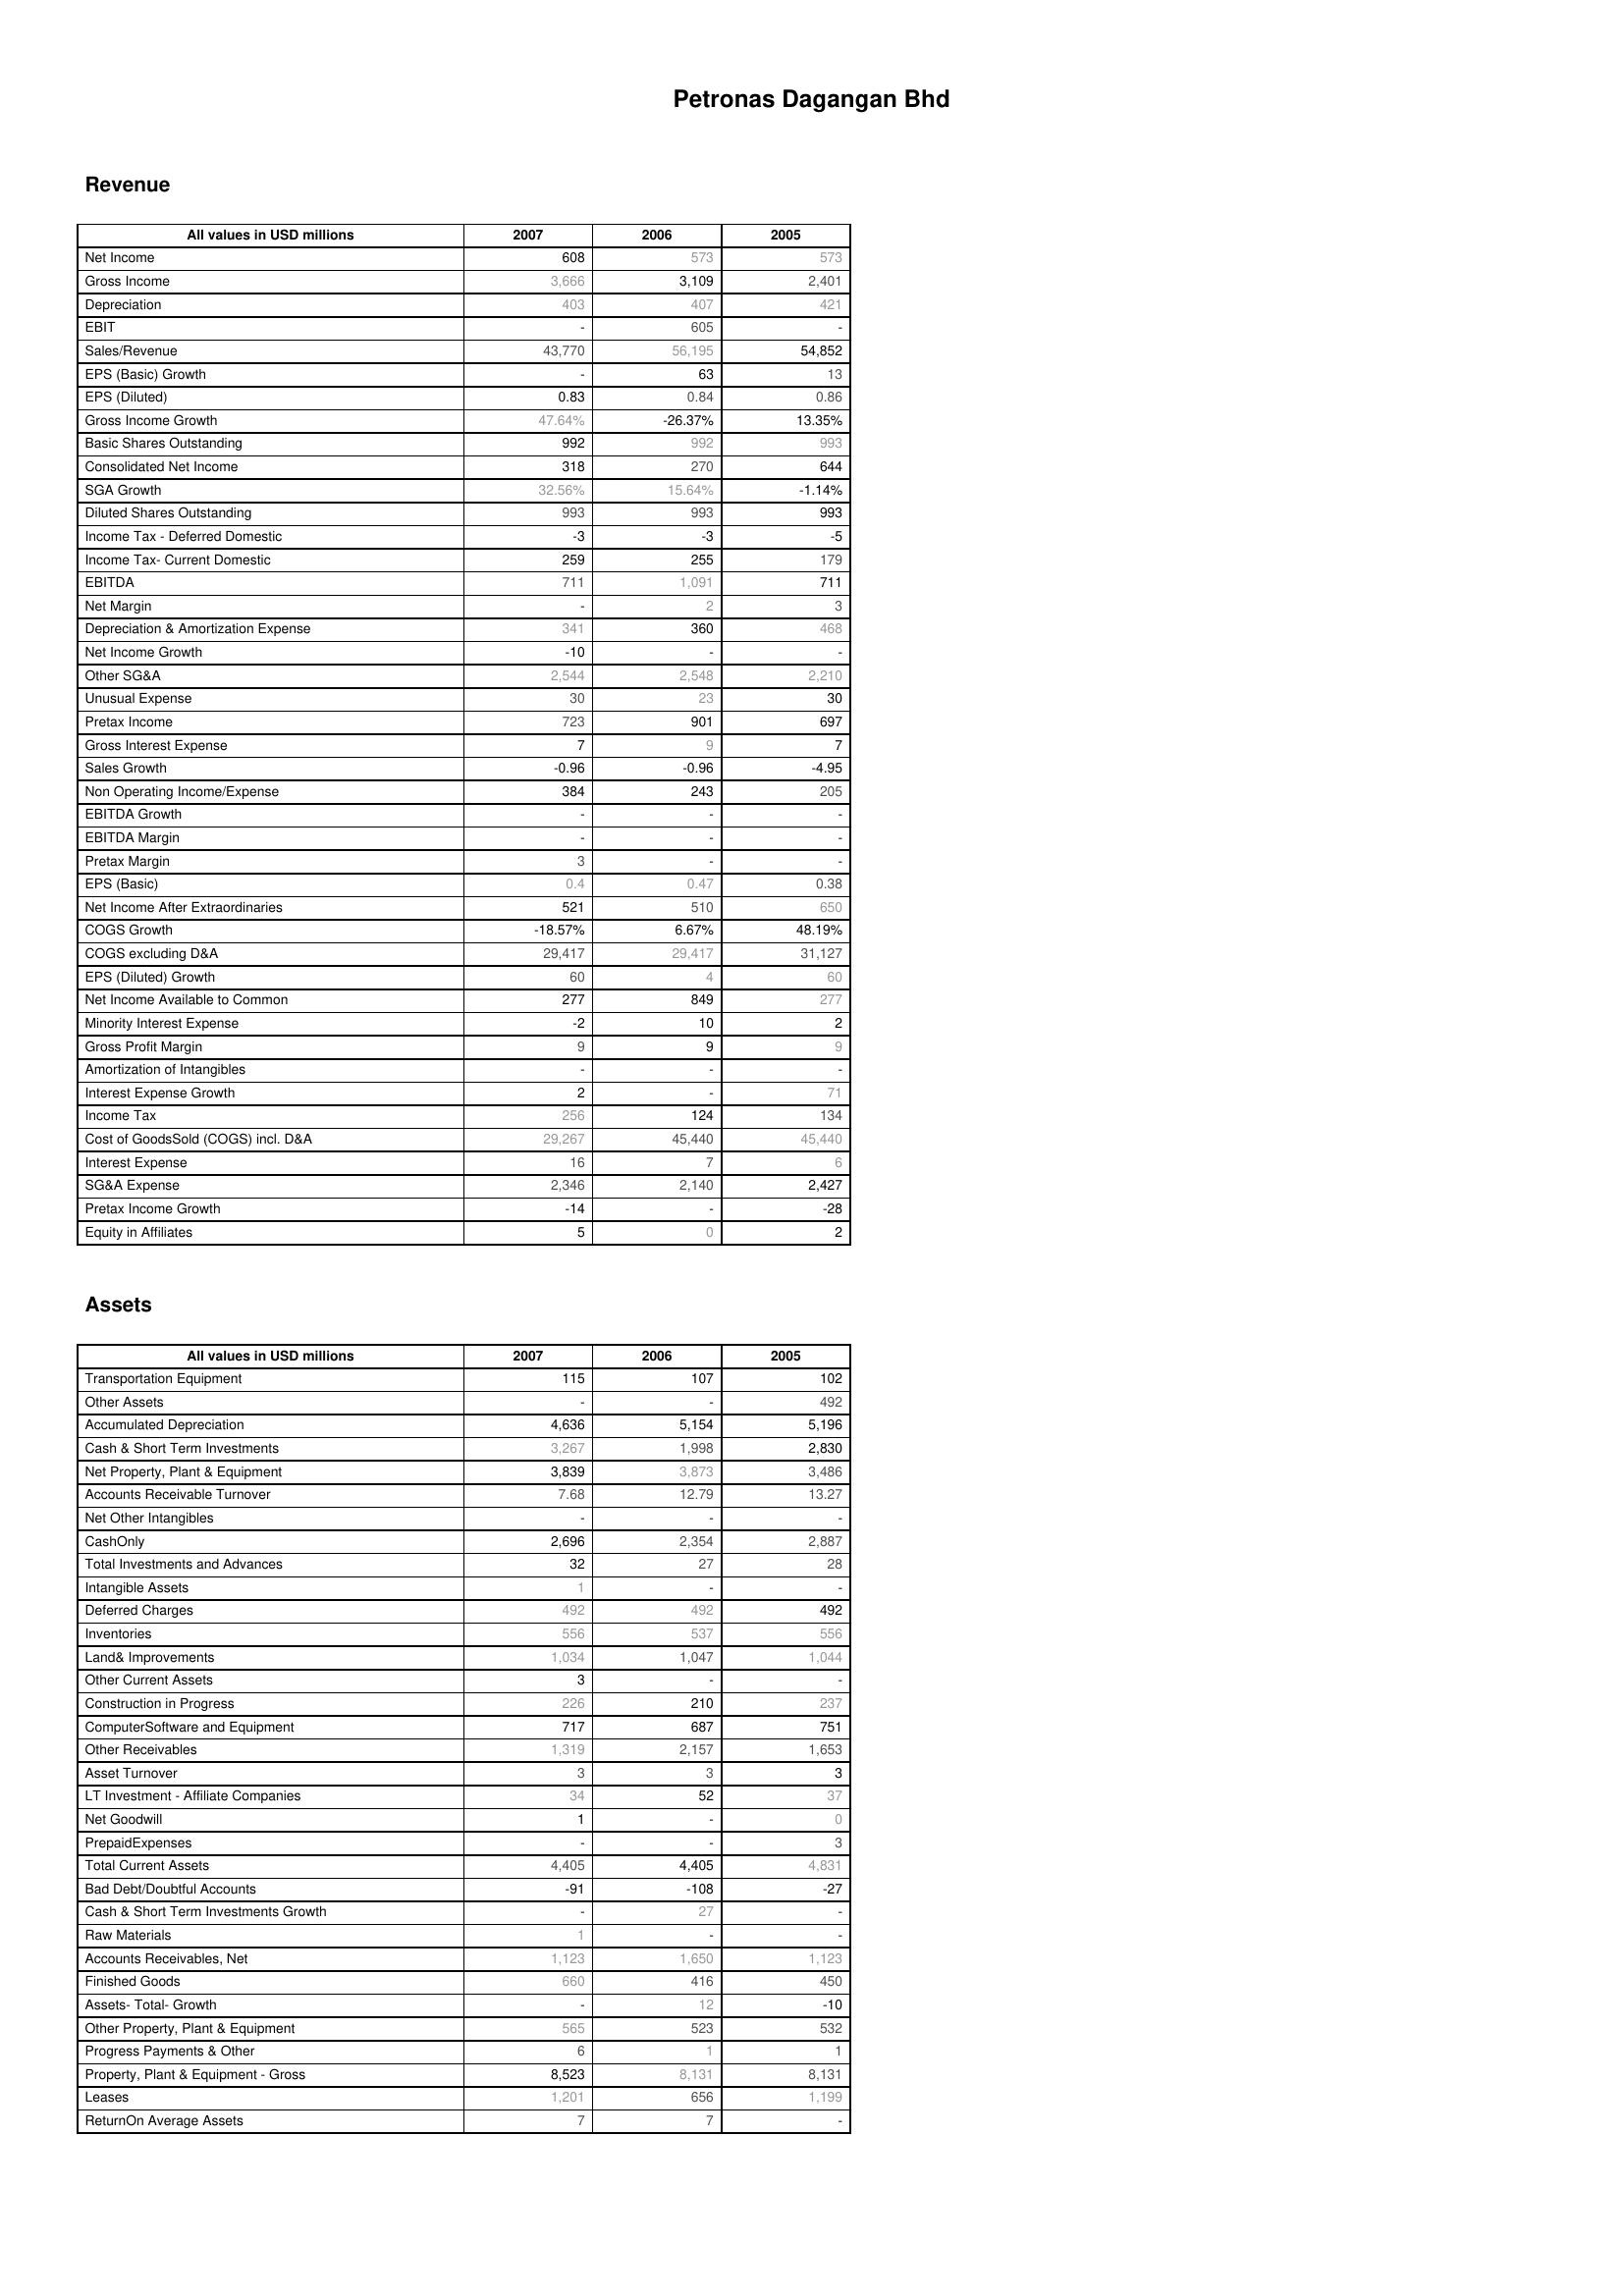
2007: Revenue: Net Income: 608
Gross Income: 3,666
Depreciation: 403
EBIT: -
Sales/Revenue: 43,770
EPS (Basic) Growth: -
EPS (Diluted): 0.83
Gross Income Growth: 47.64%
Basic Shares Outstanding: 992
Consolidated Net Income: 318
SGA Growth: 32.56%
Diluted Shares Outstanding: 993
Income Tax - Deferred Domestic: -3
Income Tax- Current Domestic: 259
EBITDA: 711
Net Margin: -
Depreciation & Amortization Expense: 341
Net Income Growth: -10
Other SG&A: 2,544
Unusual Expense: 30
Pretax Income: 723
Gross Interest Expense: 7
Sales Growth: -0.96
Non Operating Income/Expense: 384
EBITDA Growth: -
EBITDA Margin: -
Pretax Margin: 3
EPS (Basic): 0.4
Net Income After Extraordinaries: 521
COGS Growth: -18.57%
COGS excluding D&A: 29,417
EPS (Diluted) Growth: 60
Net Income Available to Common: 277
Minority Interest Expense: -2
Gross Profit Margin: 9
Amortization of Intangibles: -
Interest Expense Growth: 2
Income Tax: 256
Cost of GoodsSold (COGS) incl. D&A: 29,267
Interest Expense: 16
SG&A Expense: 2,346
Pretax Income Growth: -14
Equity in Affiliates: 5
Assets: Transportation Equipment: 115
Other Assets: -
Accumulated Depreciation: 4,636
Cash & Short Term Investments: 3,267
Net Property, Plant & Equipment: 3,839
Accounts Receivable Turnover: 7.68
Net Other Intangibles: -
CashOnly: 2,696
Total Investments and Advances: 32
Intangible Assets: 1
Deferred Charges: 492
Inventories: 556
Land& Improvements: 1,034
Other Current Assets: 3
Construction in Progress: 226
ComputerSoftware and Equipment: 717
Other Receivables: 1,319
Asset Turnover: 3
LT Investment - Affiliate Companies: 34
Net Goodwill: 1
PrepaidExpenses: -
Total Current Assets: 4,405
Bad Debt/Doubtful Accounts: -91
Cash & Short Term Investments Growth: -
Raw Materials: 1
Accounts Receivables, Net: 1,123
Finished Goods: 660
Assets- Total- Growth: -
Other Property, Plant & Equipment: 565
Progress Payments & Other: 6
Property, Plant & Equipment - Gross : 8,523
Leases: 1,201
ReturnOn Average Assets: 7
2006: Revenue: Net Income: 573
Gross Income: 3,109
Depreciation: 407
EBIT: 605
Sales/Revenue: 56,195
EPS (Basic) Growth: 63
EPS (Diluted): 0.84
Gross Income Growth: -26.37%
Basic Shares Outstanding: 992
Consolidated Net Income: 270
SGA Growth: 15.64%
Diluted Shares Outstanding: 993
Income Tax - Deferred Domestic: -3
Income Tax- Current Domestic: 255
EBITDA: 1,091
Net Margin: 2
Depreciation & Amortization Expense: 360
Net Income Growth: -
Other SG&A: 2,548
Unusual Expense: 23
Pretax Income: 901
Gross Interest Expense: 9
Sales Growth: -0.96
Non Operating Income/Expense: 243
EBITDA Growth: -
EBITDA Margin: -
Pretax Margin: -
EPS (Basic): 0.47
Net Income After Extraordinaries: 510
COGS Growth: 6.67%
COGS excluding D&A: 29,417
EPS (Diluted) Growth: 4
Net Income Available to Common: 849
Minority Interest Expense: 10
Gross Profit Margin: 9
Amortization of Intangibles: -
Interest Expense Growth: -
Income Tax: 124
Cost of GoodsSold (COGS) incl. D&A: 45,440
Interest Expense: 7
SG&A Expense: 2,140
Pretax Income Growth: -
Equity in Affiliates: 0
Assets: Transportation Equipment: 107
Other Assets: -
Accumulated Depreciation: 5,154
Cash & Short Term Investments: 1,998
Net Property, Plant & Equipment: 3,873
Accounts Receivable Turnover: 12.79
Net Other Intangibles: -
CashOnly: 2,354
Total Investments and Advances: 27
Intangible Assets: -
Deferred Charges: 492
Inventories: 537
Land& Improvements: 1,047
Other Current Assets: -
Construction in Progress: 210
ComputerSoftware and Equipment: 687
Other Receivables: 2,157
Asset Turnover: 3
LT Investment - Affiliate Companies: 52
Net Goodwill: -
PrepaidExpenses: -
Total Current Assets: 4,405
Bad Debt/Doubtful Accounts: -108
Cash & Short Term Investments Growth: 27
Raw Materials: -
Accounts Receivables, Net: 1,650
Finished Goods: 416
Assets- Total- Growth: 12
Other Property, Plant & Equipment: 523
Progress Payments & Other: 1
Property, Plant & Equipment - Gross : 8,131
Leases: 656
ReturnOn Average Assets: 7
2005: Revenue: Net Income: 573
Gross Income: 2,401
Depreciation: 421
EBIT: -
Sales/Revenue: 54,852
EPS (Basic) Growth: 13
EPS (Diluted): 0.86
Gross Income Growth: 13.35%
Basic Shares Outstanding: 993
Consolidated Net Income: 644
SGA Growth: -1.14%
Diluted Shares Outstanding: 993
Income Tax - Deferred Domestic: -5
Income Tax- Current Domestic: 179
EBITDA: 711
Net Margin: 3
Depreciation & Amortization Expense: 468
Net Income Growth: -
Other SG&A: 2,210
Unusual Expense: 30
Pretax Income: 697
Gross Interest Expense: 7
Sales Growth: -4.95
Non Operating Income/Expense: 205
EBITDA Growth: -
EBITDA Margin: -
Pretax Margin: -
EPS (Basic): 0.38
Net Income After Extraordinaries: 650
COGS Growth: 48.19%
COGS excluding D&A: 31,127
EPS (Diluted) Growth: 60
Net Income Available to Common: 277
Minority Interest Expense: 2
Gross Profit Margin: 9
Amortization of Intangibles: -
Interest Expense Growth: 71
Income Tax: 134
Cost of GoodsSold (COGS) incl. D&A: 45,440
Interest Expense: 6
SG&A Expense: 2,427
Pretax Income Growth: -28
Equity in Affiliates: 2
Assets: Transportation Equipment: 102
Other Assets: 492
Accumulated Depreciation: 5,196
Cash & Short Term Investments: 2,830
Net Property, Plant & Equipment: 3,486
Accounts Receivable Turnover: 13.27
Net Other Intangibles: -
CashOnly: 2,887
Total Investments and Advances: 28
Intangible Assets: -
Deferred Charges: 492
Inventories: 556
Land& Improvements: 1,044
Other Current Assets: -
Construction in Progress: 237
ComputerSoftware and Equipment: 751
Other Receivables: 1,653
Asset Turnover: 3
LT Investment - Affiliate Companies: 37
Net Goodwill: 0
PrepaidExpenses: 3
Total Current Assets: 4,831
Bad Debt/Doubtful Accounts: -27
Cash & Short Term Investments Growth: -
Raw Materials: -
Accounts Receivables, Net: 1,123
Finished Goods: 450
Assets- Total- Growth: -10
Other Property, Plant & Equipment: 532
Progress Payments & Other: 1
Property, Plant & Equipment - Gross : 8,131
Leases: 1,199
ReturnOn Average Assets: -